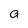
Character: a